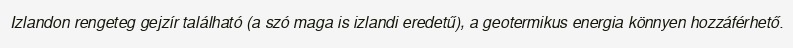
Izlandon rengeteg gejzír található (a szó maga is izlandi eredetű), a geotermikus energia könnyen hozzáférhető.